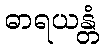
ဓာရယန္တံ